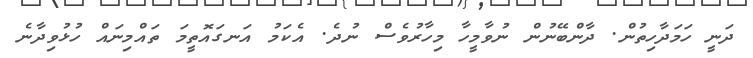
ދަނީ ހަމަދާހިތުން. ދާންބޭނުން ނުވާމީހާ މިހާރުވެސް ނުދެ. އެކަމު އަނގައޮތީމަ ތައްމިނައް ހުޅުވިދާނެ